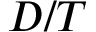
D / T